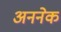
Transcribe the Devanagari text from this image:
अननेक